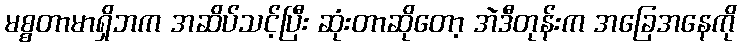
မစ္စတာမာရှိဘက အဆိပ်သင့်ပြီး ဆုံးတာဆိုတော့ အဲဒီတုန်းက အခြေအနေကို